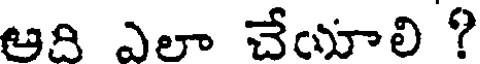
ఆది ఎలా చేయాలి ?